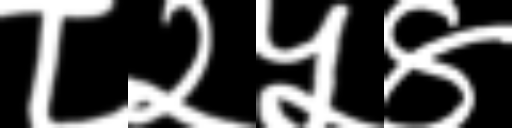
Text: ८२५४